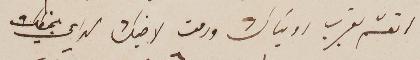
اتعشم بقرب روئياك ودمت لاخيك الداعي  بخطك